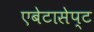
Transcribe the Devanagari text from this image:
एबेटासेप्ट